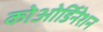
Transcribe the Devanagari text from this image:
कोओर्डिनेशन